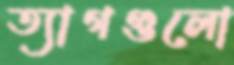
ত্যাগগুলো